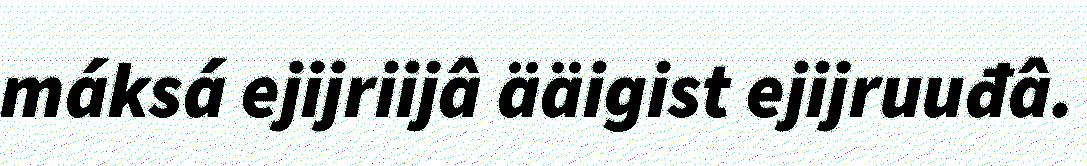
máksá ejijriijâ ääigist ejijruuđâ.